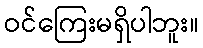
ဝင်ကြေးမရှိပါဘူး။